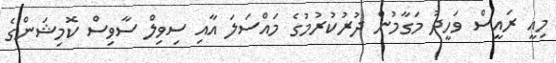
މިއީ ރައީސް ވަހީދު މަގާމުން ދުރުކުރުމުގެ މައްސަލަ އާއި ސިވިލް ސާވިސް ކޮމިޝަންގެ